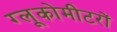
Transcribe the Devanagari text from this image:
ग्लूकोमीटरों